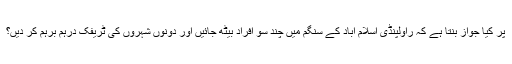
پر کیا جواز بنتا ہے کہ راولپنڈی اسلام آباد کے سنگم میں چند سو افراد بیٹھ جائیں اور دونوں شہروں کی ٹریفک درہم برہم کر دیں؟